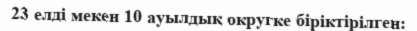
23 елді мекен 10 ауылдық округке біріктірілген: